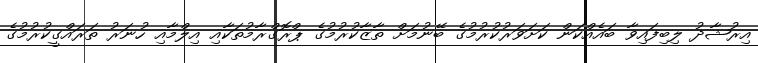
އިރުޝާދު ލިބިފައިވާ ބައެއްކަން ކަށަވަރުކުރުމުގެ ބޭނުމަށް ތާޒާކުރުމުގެ ޕްރޮގްރާމުތަކާއި އިލްމާއި ހުނަރު ތަރައްގީކުރުމުގެ